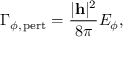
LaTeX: \Gamma _ { \phi , \, \mathrm { p e r t } } = \frac { \vert { \bf h } \vert ^ { 2 } } { 8 \pi } E _ { \phi } ,